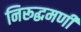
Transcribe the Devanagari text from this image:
निरूद्धमणी